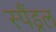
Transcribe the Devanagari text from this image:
स्पैंड्रल